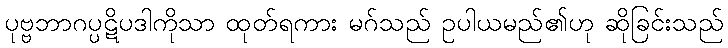
ပုဗ္ဗဘာဂပ္ပဋိပဒါကိုသာ ထုတ်ရကား မဂ်သည် ဥပါယမည်၏ဟု ဆိုခြင်းသည်